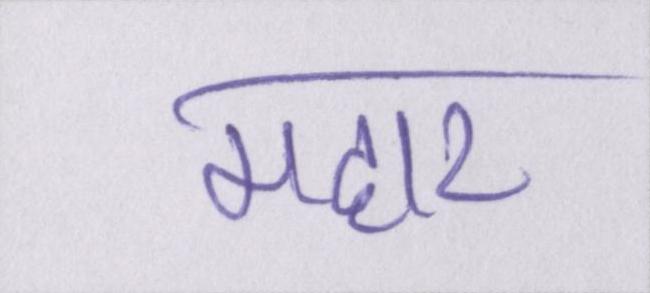
महार